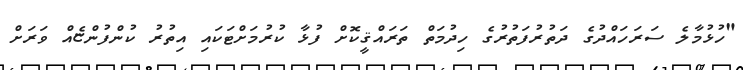
"ހުޅުމާލެ ސަރަހައްދުގެ ދަތުރުފަތުރުގެ ހިދުމަތް ތަރައްޤީކޮށް ފުޅާ ކުރުމަށްޓަކައި އިތުރު ކުންފުންޏެއް ވަރަށް